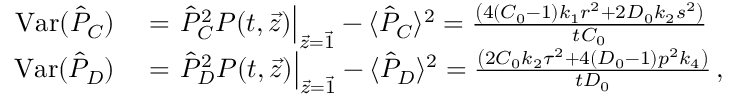
\begin{array} { r l } { \mathrm { V a r } ( \hat { P } _ { C } ) } & { { } = \left. \hat { P } _ { C } ^ { 2 } P ( t , \vec { z } ) \right| _ { \vec { z } = \vec { 1 } } - \langle \hat { P } _ { C } \rangle ^ { 2 } = \frac { \left( 4 ( C _ { 0 } - 1 ) k _ { 1 } r ^ { 2 } + 2 D _ { 0 } k _ { 2 } s ^ { 2 } \right) } { t C _ { 0 } } } \\ { \mathrm { V a r } ( \hat { P } _ { D } ) } & { { } = \left. \hat { P } _ { D } ^ { 2 } P ( t , \vec { z } ) \right| _ { \vec { z } = \vec { 1 } } - \langle \hat { P } _ { D } \rangle ^ { 2 } = \frac { \left( 2 C _ { 0 } k _ { 2 } \tau ^ { 2 } + 4 ( D _ { 0 } - 1 ) p ^ { 2 } k _ { 4 } \right) } { t D _ { 0 } } \, , } \end{array}